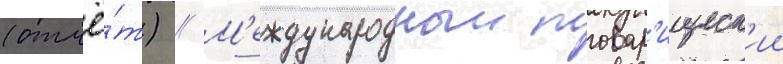
(отчё́т) // М'еждународныи товар'ищеск'ии